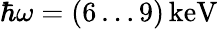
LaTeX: \hbar\omega=(6\dots 9)\, \mathrm{keV}